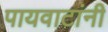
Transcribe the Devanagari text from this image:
पायवाटांनी